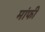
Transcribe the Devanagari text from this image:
मांफी